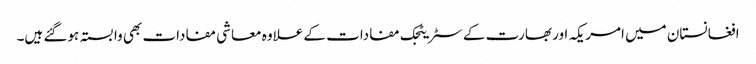
افغانستان میں امریکہ اور بھارت کے سٹریٹجک مفادات کے علاوہ معاشی مفادات بھی وابستہ ہوگئے ہیں۔